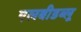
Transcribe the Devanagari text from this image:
एलबीडब्लू